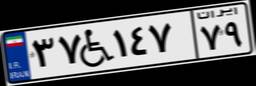
۳۷W۱۴۷۷۹